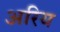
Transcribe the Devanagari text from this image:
अरिय